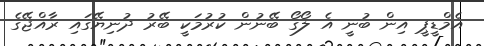
އެމްޑީޕީ އިން ބުނީ އެ ލޯގޯ ބޭނުން ކުރުމަކީ ބޭރު ދުނިޔޭގައި ރާއްޖޭގެ